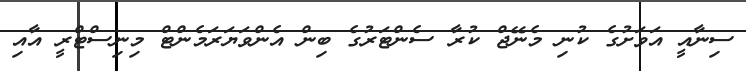
ސިނާއީ އަވަށުގެ ކުނި މެނޭޖް ކުރާ ސެންޓަރުގެ ބިން އެންވަޔަރަމެންޓް މިނިސްޓްރީ އާއި